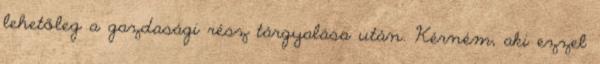
lehetőleg a gazdasági rész tárgyalása után. Kérném, aki ezzel